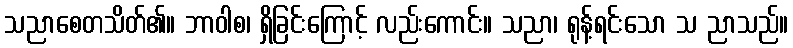
သညာစေတသိတ်၏။ ဘာဝါစ၊ ရှိခြင်းကြောင့် လည်းကောင်း။ သညာ၊ ရုန့်ရင်းသော သ ညာသည်။